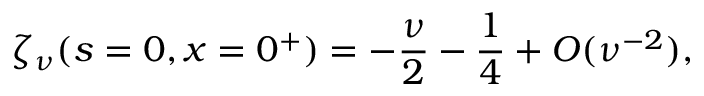
\zeta _ { \nu } ( s = 0 , x = 0 ^ { + } ) = \displaystyle { { { - \frac { \nu } { 2 } } - \frac { 1 } { 4 } } + { \cal O } ( \nu ^ { - 2 } ) } ,